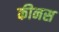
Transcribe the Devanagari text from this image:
कीनस